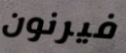
فيرنون